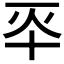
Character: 𠦓